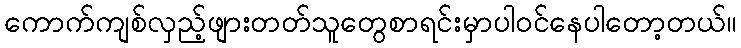
ကောက်ကျစ်လှည့်ဖျားတတ်သူတွေစာရင်းမှာပါဝင်နေပါတော့တယ်။